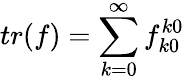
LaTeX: tr(f)=\sum_{k=0}^{\infty}f_{k0}^{k0}